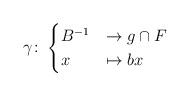
LaTeX: \begin{align*} \gamma \colon \begin{cases} B^{-1} &\to g \cap F \\ x &\mapsto bx \end{cases} \end{align*}